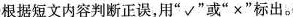
根据短文内容判断正误,用"√"或"×"标出。